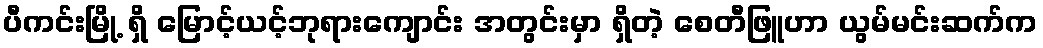
ပီကင်းမြို့ ရှိ မြောင့်ယင့်ဘုရားကျောင်း အတွင်းမှာ ရှိတဲ့ စေတီဖြူဟာ ယွမ်မင်းဆက်က